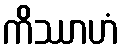
ကိဿာဟံ